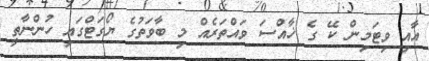
އާއި ވިޓަމިން ކޭ ގެ ޚާއްސަ ވައްތަރެއް މި ބާވަތުގެ ޔޯގަޓްގައި ހުންނާތީ